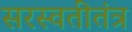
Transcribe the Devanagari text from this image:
सरस्वतीतंत्र